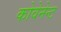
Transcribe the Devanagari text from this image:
कोवेनेन्ट